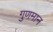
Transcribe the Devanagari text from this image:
गुणमान